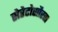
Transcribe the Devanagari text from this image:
सेरेटोसौरस